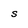
Character: S